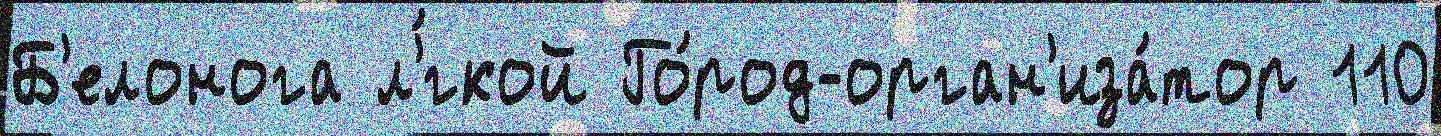
Б'елонога л'́гкой Го́род-орган'иза́тор 110